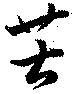
苦